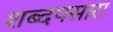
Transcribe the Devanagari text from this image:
शब्दपसारा